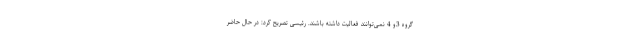
گروه 3و 4 نمی‌توانند فعالیت داشته باشند. رئیسی تصریح کرد: در حال حاضر